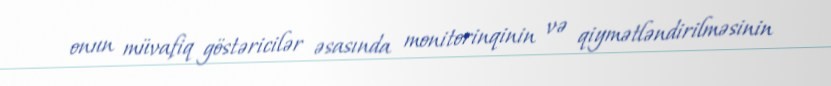
onun müvafiq göstəricilər əsasında monitorinqinin və qiymətləndirilməsinin